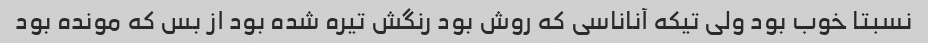
نسبتا خوب بود ولی تیکه آناناسی که روش بود رنگش تیره شده بود از بس که مونده بود